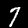
Digit: 7